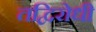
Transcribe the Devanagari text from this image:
तद्विरोधी